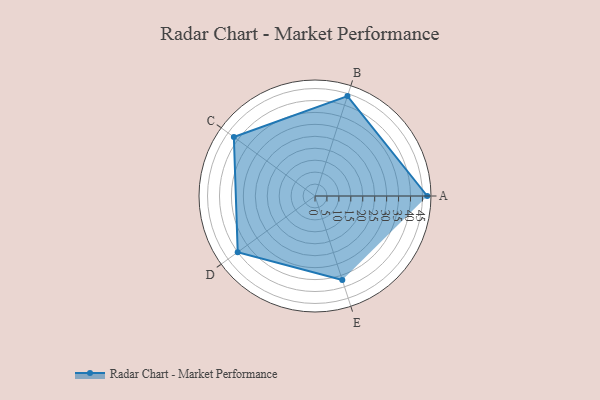
{"axis": {"x": "Skill", "y": "Score"}, "legend": ["Profile"], "data": [{"x": "A", "y": 47.0, "type": "Profile"}, {"x": "B", "y": 44.0, "type": "Profile"}, {"x": "C", "y": 42.0, "type": "Profile"}, {"x": "D", "y": 40.0, "type": "Profile"}, {"x": "E", "y": 37.0, "type": "Profile"}]}